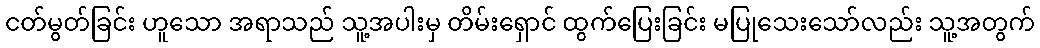
ငတ်မွတ်ခြင်း ဟူသော အရာသည် သူ့အပါးမှ တိမ်းရှောင် ထွက်ပြေးခြင်း မပြုသေးသော်လည်း သူ့အတွက်